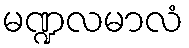
မဏ္ဍလမာလံ